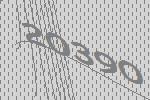
20390